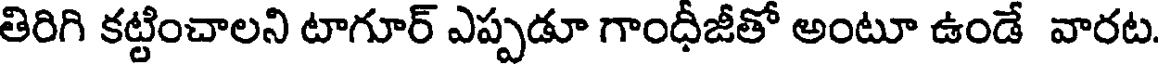
తిరిగి కట్టించాలని టాగూర్ ఎప్పడూ గాంధీజీతో అంటూ ఉండే వారట